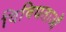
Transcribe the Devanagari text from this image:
विविधताओँ